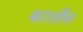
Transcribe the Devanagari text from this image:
कार्तोस